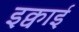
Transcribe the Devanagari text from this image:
इक्वाई